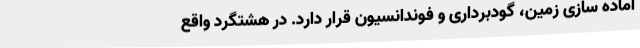
آماده سازی زمین، گودبرداری و فوندانسیون قرار دارد. در هشتگرد واقع